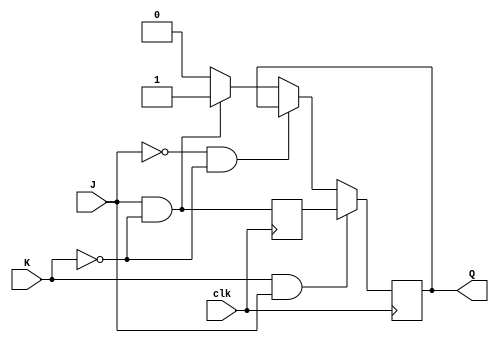
module JKFlipFlop (
    input J, // input J
    input K, // input K
    input clk, // clock input
    output reg Q // output Q
);

reg master_Q;
always @(posedge clk) begin
    master_Q <= J & ~K;
end

always @(posedge clk) begin
    if(K & J) begin
        Q <= master_Q;
    end else if(~J & ~K) begin
        Q <= Q;
    end else if(J & ~K) begin
        Q <= 1'b1;
    end else begin // K & ~J
        Q <= 1'b0;
    end
end

endmodule